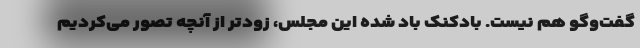
گفت‌وگو هم نیست. بادکنک باد شده این مجلس، زودتر از آنچه تصور می‌کردیم